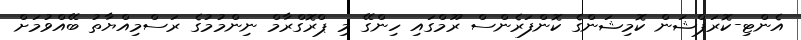
އެންޓި-ކޮރަޕްޝަން ކޮމިޝަންގެ ކޮންފަރެންސް ރޫމްގައި ހިންގޭ މި ޕްރޮގްރާމް ނިންމުމުގެ ރަސްމިއްޔާތު ބޭއްވުމަށް